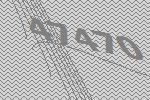
47470